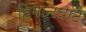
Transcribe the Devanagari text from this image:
हिंगानघाट